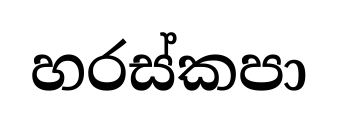
හරස්කපා